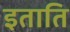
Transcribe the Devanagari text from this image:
इताति